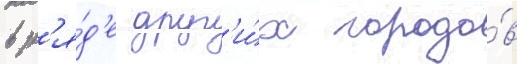
в р'я́д'е друг'и́х городо́в